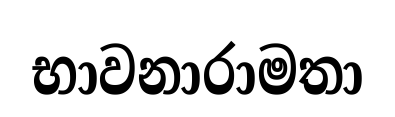
භාවනාරාමතා